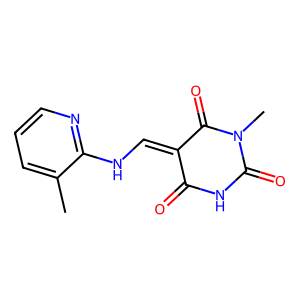
SMILES: Cc1cccnc1NC=C1C(=O)NC(=O)N(C)C1=O
Inhibits HIV replication: No